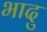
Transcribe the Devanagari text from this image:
भादु